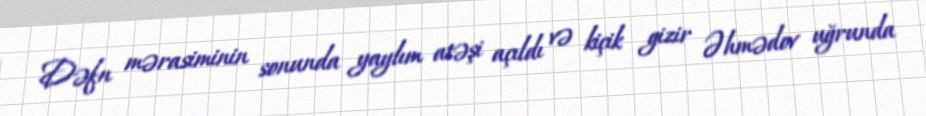
Dəfn mərasiminin sonunda yaylım atəşi açıldı və kiçik gizir Əhmədov uğrunda